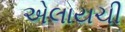
એલાયચી